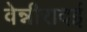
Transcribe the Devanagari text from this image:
वेन्नीरादई